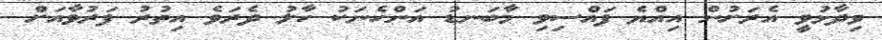
ވިދާޅުވީ އެރަށުން އިއްޔެ ފައްސިވި މާބަނޑު އަންހެނަކު ހާލު ދެރަވެ އިތުރު ފަރުވާއަށް